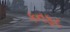
કનફટ